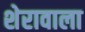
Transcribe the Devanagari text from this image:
शेरावाला